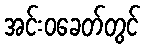
အင်းဝခေတ်တွင်